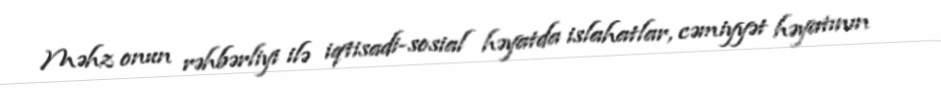
Məhz onun rəhbərliyi ilə iqtisadi-sosial həyatda islahatlar, cəmiyyət həyatının